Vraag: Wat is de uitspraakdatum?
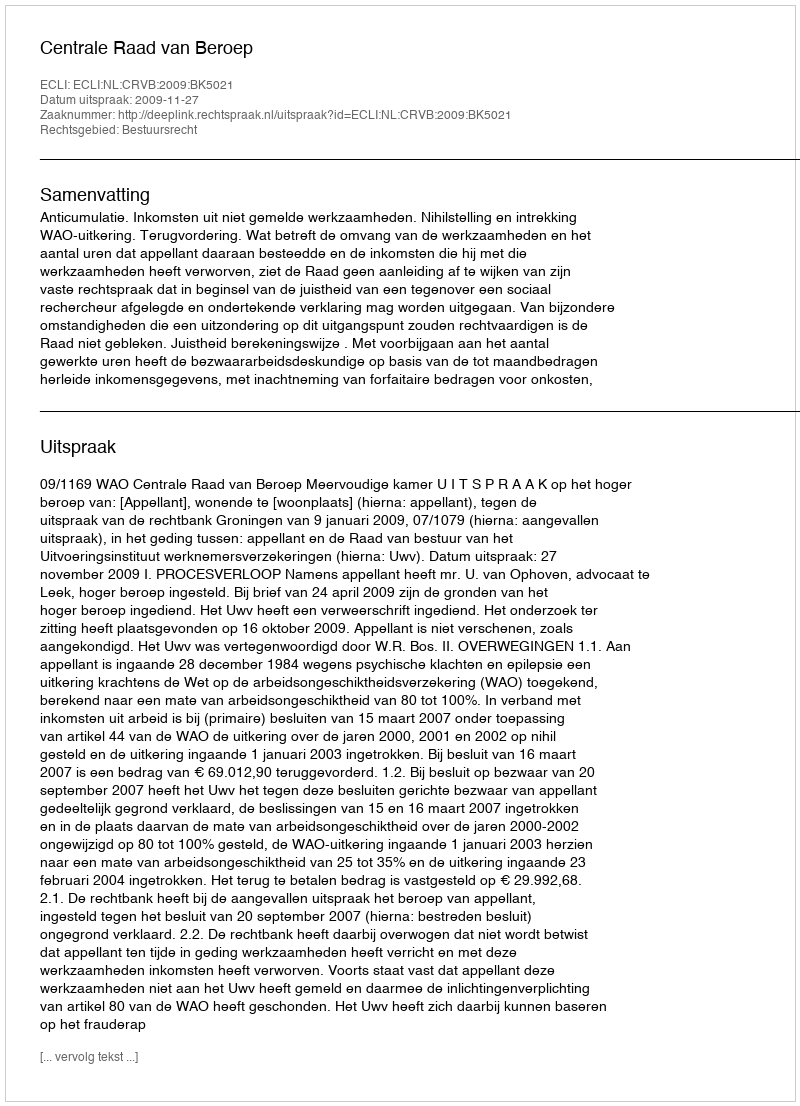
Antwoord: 2009-11-27